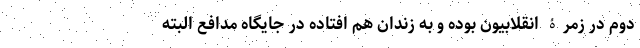
دوم در زمرۀ انقلابیون بوده و به زندان هم افتاده در جایگاه مدافع البته